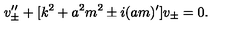
v _ { \pm } ^ { \prime \prime } + [ k ^ { 2 } + a ^ { 2 } m ^ { 2 } \pm i ( a m ) ^ { \prime } ] v _ { \pm } = 0 .